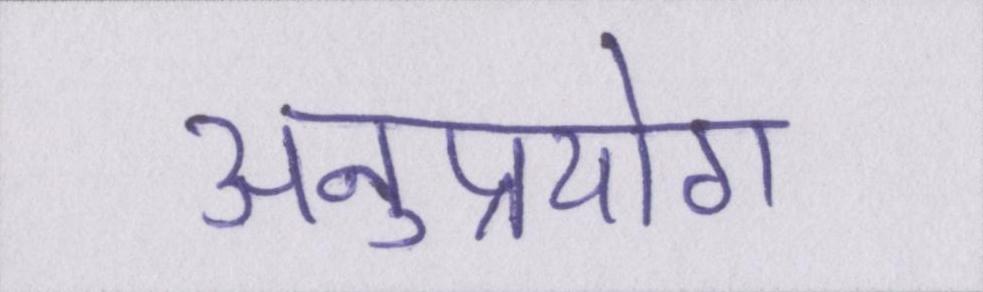
अनुप्रयोग